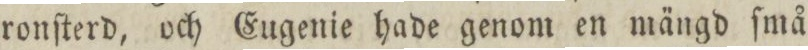
ronſterd, och Eugenie hade genom en mängd ſmå